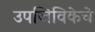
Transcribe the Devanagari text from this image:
उपजिविकेचे